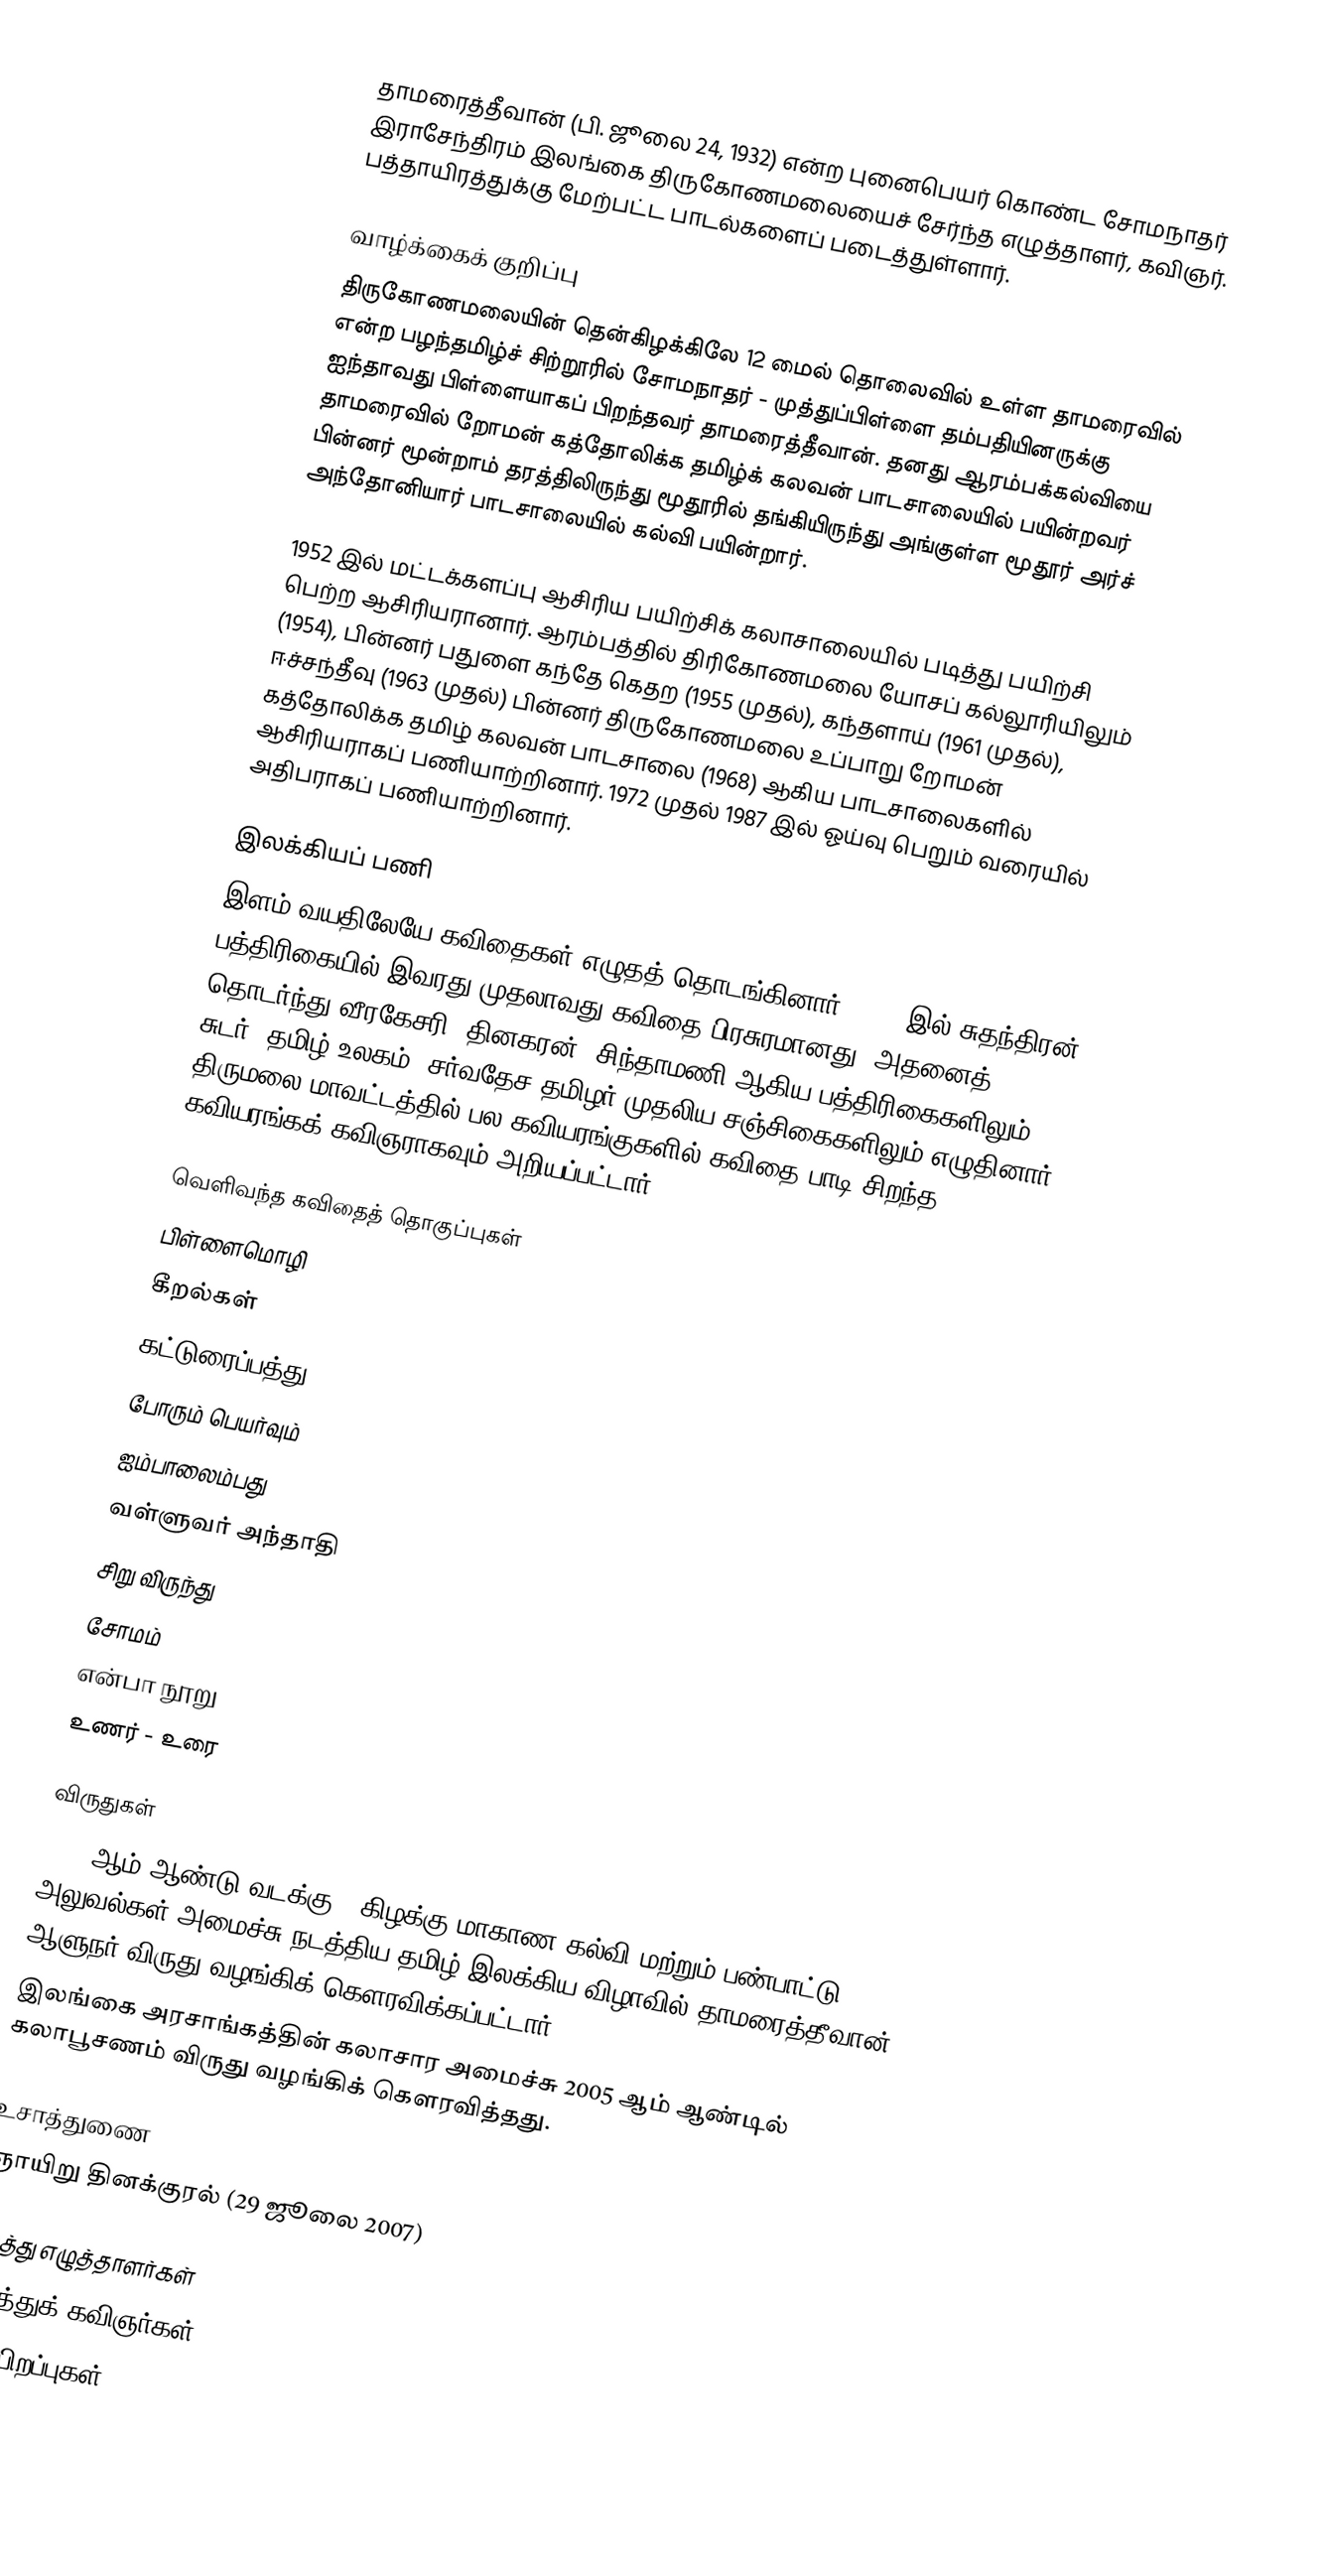
தாமரைத்தீவான் (பி. ஜூலை 24, 1932) என்ற புனைபெயர் கொண்ட சோமநாதர் இராசேந்திரம் இலங்கை திருகோணமலையைச் சேர்ந்த எழுத்தாளர், கவிஞர். பத்தாயிரத்துக்கு மேற்பட்ட பாடல்களைப் படைத்துள்ளார்.

வாழ்க்கைக் குறிப்பு
திருகோணமலையின் தென்கிழக்கிலே 12 மைல் தொலைவில் உள்ள தாமரைவில் என்ற பழந்தமிழ்ச் சிற்றூரில் சோமநாதர் - முத்துப்பிள்ளை தம்பதியினருக்கு ஐந்தாவது பிள்ளையாகப் பிறந்தவர் தாமரைத்தீவான். தனது ஆரம்பக்கல்வியை தாமரைவில் றோமன் கத்தோலிக்க தமிழ்க் கலவன் பாடசாலையில் பயின்றவர் பின்னர் மூன்றாம் தரத்திலிருந்து மூதூரில் தங்கியிருந்து அங்குள்ள மூதூர் அர்ச் அந்தோனியார் பாடசாலையில் கல்வி பயின்றார்.

1952 இல் மட்டக்களப்பு ஆசிரிய பயிற்சிக் கலாசாலையில் படித்து பயிற்சி பெற்ற ஆசிரியரானார். ஆரம்பத்தில் திரிகோணமலை யோசப் கல்லூரியிலும் (1954), பின்னர் பதுளை கந்தே கெதற (1955 முதல்), கந்தளாய் (1961 முதல்), ஈச்சந்தீவு (1963 முதல்) பின்னர் திருகோணமலை உப்பாறு றோமன் கத்தோலிக்க தமிழ் கலவன் பாடசாலை (1968) ஆகிய பாடசாலைகளில் ஆசிரியராகப் பணியாற்றினார். 1972 முதல் 1987 இல் ஓய்வு பெறும் வரையில் அதிபராகப் பணியாற்றினார்.

இலக்கியப் பணி
இளம் வயதிலேயே கவிதைகள் எழுதத் தொடங்கினார். 1956 இல் சுதந்திரன் பத்திரிகையில் இவரது முதலாவது கவிதை பிரசுரமானது. அதனைத் தொடர்ந்து வீரகேசரி, தினகரன், சிந்தாமணி ஆகிய பத்திரிகைகளிலும் சுடர், தமிழ் உலகம், சர்வதேச தமிழர் முதலிய சஞ்சிகைகளிலும் எழுதினார். திருமலை மாவட்டத்தில் பல கவியரங்குகளில் கவிதை பாடி சிறந்த கவியரங்கக் கவிஞராகவும் அறியப்பட்டார்.

வெளிவந்த கவிதைத் தொகுப்புகள்
 பிள்ளைமொழி
 கீறல்கள்
 கட்டுரைப்பத்து
 போரும் பெயர்வும்
 ஐம்பாலைம்பது
 வள்ளுவர் அந்தாதி
 சிறு விருந்து
 சோமம்
 என்பா நூறு
 உணர் - உரை

விருதுகள்
 2001 ஆம் ஆண்டு வடக்கு - கிழக்கு மாகாண கல்வி மற்றும் பண்பாட்டு அலுவல்கள் அமைச்சு நடத்திய தமிழ் இலக்கிய விழாவில் தாமரைத்தீவான் ஆளுநர் விருது வழங்கிக் கௌரவிக்கப்பட்டார்.
 இலங்கை அரசாங்கத்தின் கலாசார அமைச்சு 2005 ஆம் ஆண்டில் கலாபூசணம் விருது வழங்கிக் கௌரவித்தது.

உசாத்துணை
 ஞாயிறு தினக்குரல் (29 ஜூலை 2007)

ஈழத்து எழுத்தாளர்கள்
ஈழத்துக் கவிஞர்கள்
1932 பிறப்புகள்